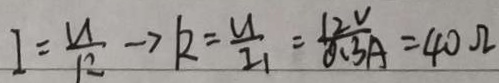
I = \frac { U } { R } \rightarrow k = \frac { U } { I _ { 1 } } = \frac { 1 2 V } { 0 . 3 A } = 4 0 \Omega